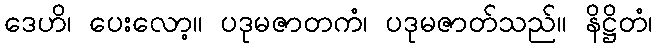
ဒေဟိ၊ ပေးလော့။ ပဒုမဇာတကံ၊ ပဒုမဇာတ်သည်။ နိဋ္ဌိတံ၊